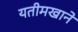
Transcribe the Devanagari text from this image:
यतीमखाने